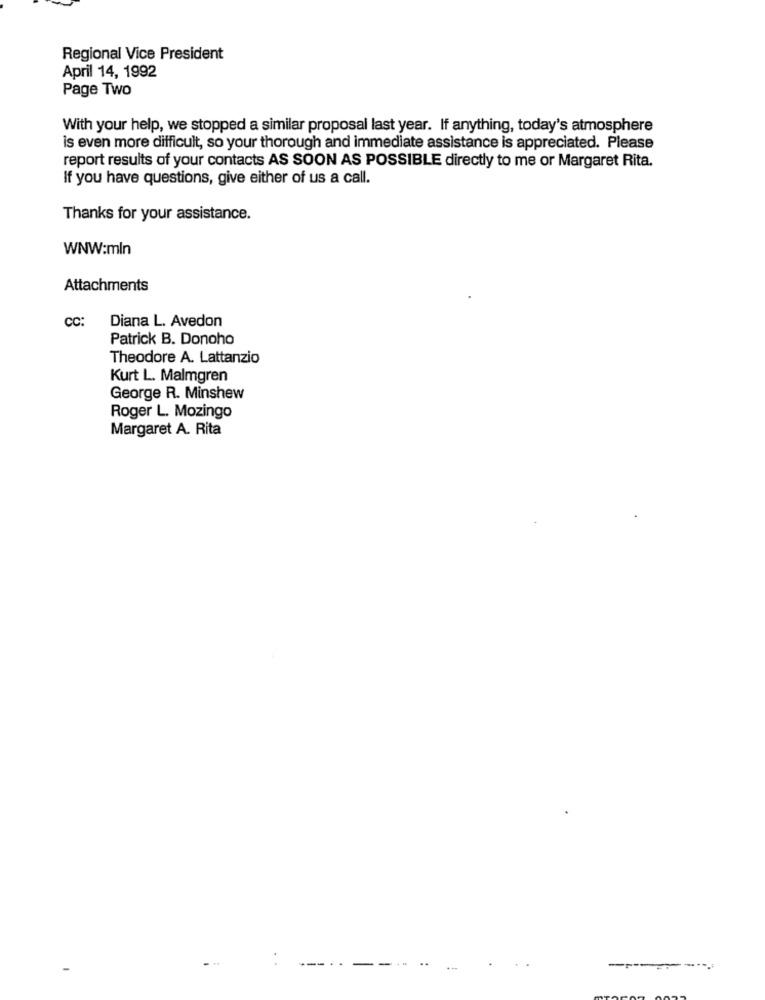
Regional Vice President
April 14, 1992
Page Two
With your help, we stopped a similar proposal last year. If anything, today's atmosphere
is even more difficult, so your thorough and immediate assistance is appreciated. Please
report results of your contacts AS SOON AS POSSIBLE directly to me or Margaret Rita.
If you have questions, give either of us a call.
Thanks for your assistance.
WNW:mln
Attachments
CC:
Diana L. Avedon
Patrick B. Donoho
Theodore A. Lattanzio
Kurt L. Malmgren
George R. Minshew
Roger L. Mozingo
Margaret A. Rita
----- --
--------